Scottish Leaving Certificate Examination, 1952
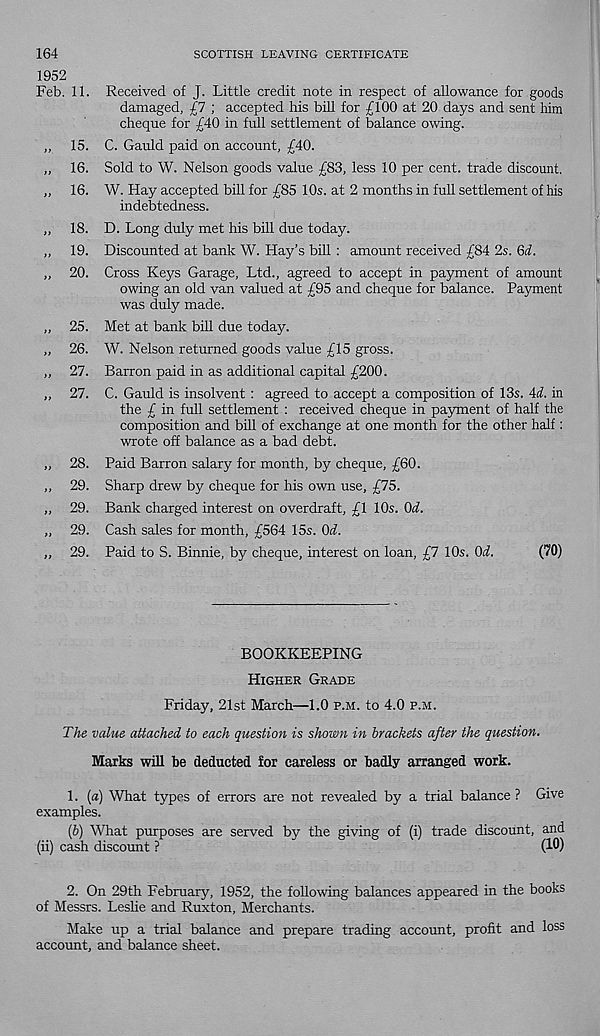
SCOTTISH LEAVING CERTIFICATE
164
1952
Feb. 11.
15.
16.
16.
18.
19.
20.
25.
26.
27.
27.
28.
29.
29.
29.
29.
Received of J. Little credit note in respect of allowance for goods
damaged, £1 ; accepted his bill for £100 at 20 days and sent him
cheque for £40 in full settlement of balance owing.
C. Gauld paid on account, £40.
Sold to W. Nelson goods value £83, less 10 per cent, trade discount.
W. Hay accepted bill for £85 10s. at 2 months in full settlement of his
indebtedness.
D. Long duly met his bill due today.
Discounted at bank W. Hay’s bill : amount received £84 2s. Qi.
Cross Keys Garage, Ltd., agreed to accept in payment of amount
owing an old van valued at £95 and cheque for balance. Payment
was duly made.
Met at bank bill due today.
W. Nelson returned goods value £15 gross.
Barron paid in as additional capital £200.
C. Gauld is insolvent : agreed to accept a composition of 13s. Ad. in
the £ in full settlement : received cheque in payment of half the
composition and bill of exchange at one month for the other half:
wrote off balance as a bad debt.
Paid Barron salary for month, by cheque, £60.
Sharp drew by cheque for his own use, £75.
Bank charged interest on overdraft, £1 10s. Qd.
Cash sales for month, £564 15s. Od.
Paid to S. Binnie, by cheque, interest on loan, £7 10s. Od.
(70)
BOOKKEEPING
Higher Grade
Friday, 21st March—1.0 p.m. to 4.0 p.m.
The value attached to each question is shown in brackets after the question.
Marks will be deducted for careless or badly arranged work.
1. (a) What types of errors are not revealed by a trial balance ? Give
examples.
(b) What purposes are served by the giving of (i) trade discount, and
(ii) cash discount ?
(10)
2. On 29th February, 1952, the following balances appeared in the books
of Messrs. Leslie and Ruxton, Merchants.
Make up a trial balance and prepare trading account, profit and loss
account, and balance sheet.